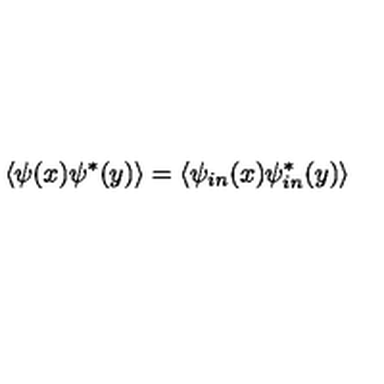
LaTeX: \left\langle \psi ( x ) \psi ^ { \ast } ( y ) \right\rangle = \left\langle \psi _ { i n } ( x ) \psi _ { i n } ^ { \ast } ( y ) \right\rangle